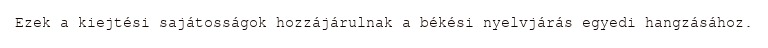
Ezek a kiejtési sajátosságok hozzájárulnak a békési nyelvjárás egyedi hangzásához.